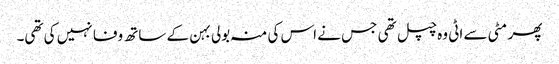
پھر مٹی سے اٹی وہ چپل تھی جس نے اس کی منہ بولی بہن کے ساتھ وفا نہیں کی تھی۔